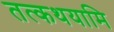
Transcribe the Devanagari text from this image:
तत्कथयामि